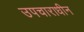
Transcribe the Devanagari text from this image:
उपचाराधीन